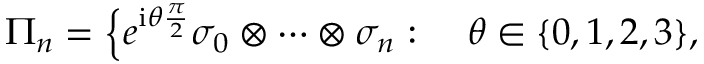
\begin{array} { r l } { \Pi _ { n } = \Big \{ e ^ { \mathrm { i } \theta \frac { \pi } { 2 } } \sigma _ { 0 } \otimes \cdots \otimes \sigma _ { n } : ~ } & { { } \theta \in \{ 0 , 1 , 2 , 3 \} , } \end{array}